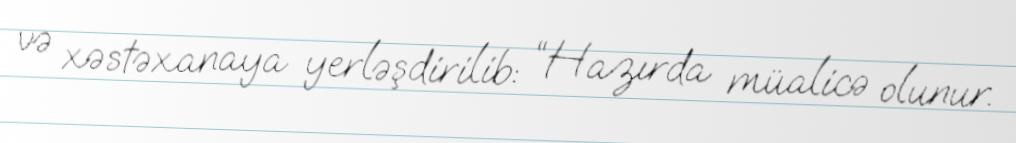
və xəstəxanaya yerləşdirilib: “Hazırda müalicə olunur.